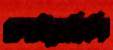
ডলাইতেছিলি